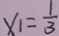
x _ { 1 } = \frac { 1 } { 3 }